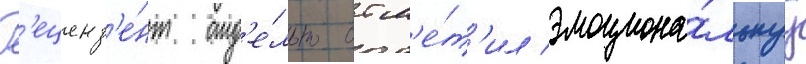
Р'еценз'е́нт отд'е́льно отм'е́т'ил эмоциона́льнуу